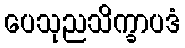
ပေသုညသိက္ခာပဒံ